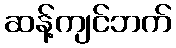
ဆန့်ကျင်ဘက်